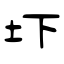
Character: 圷